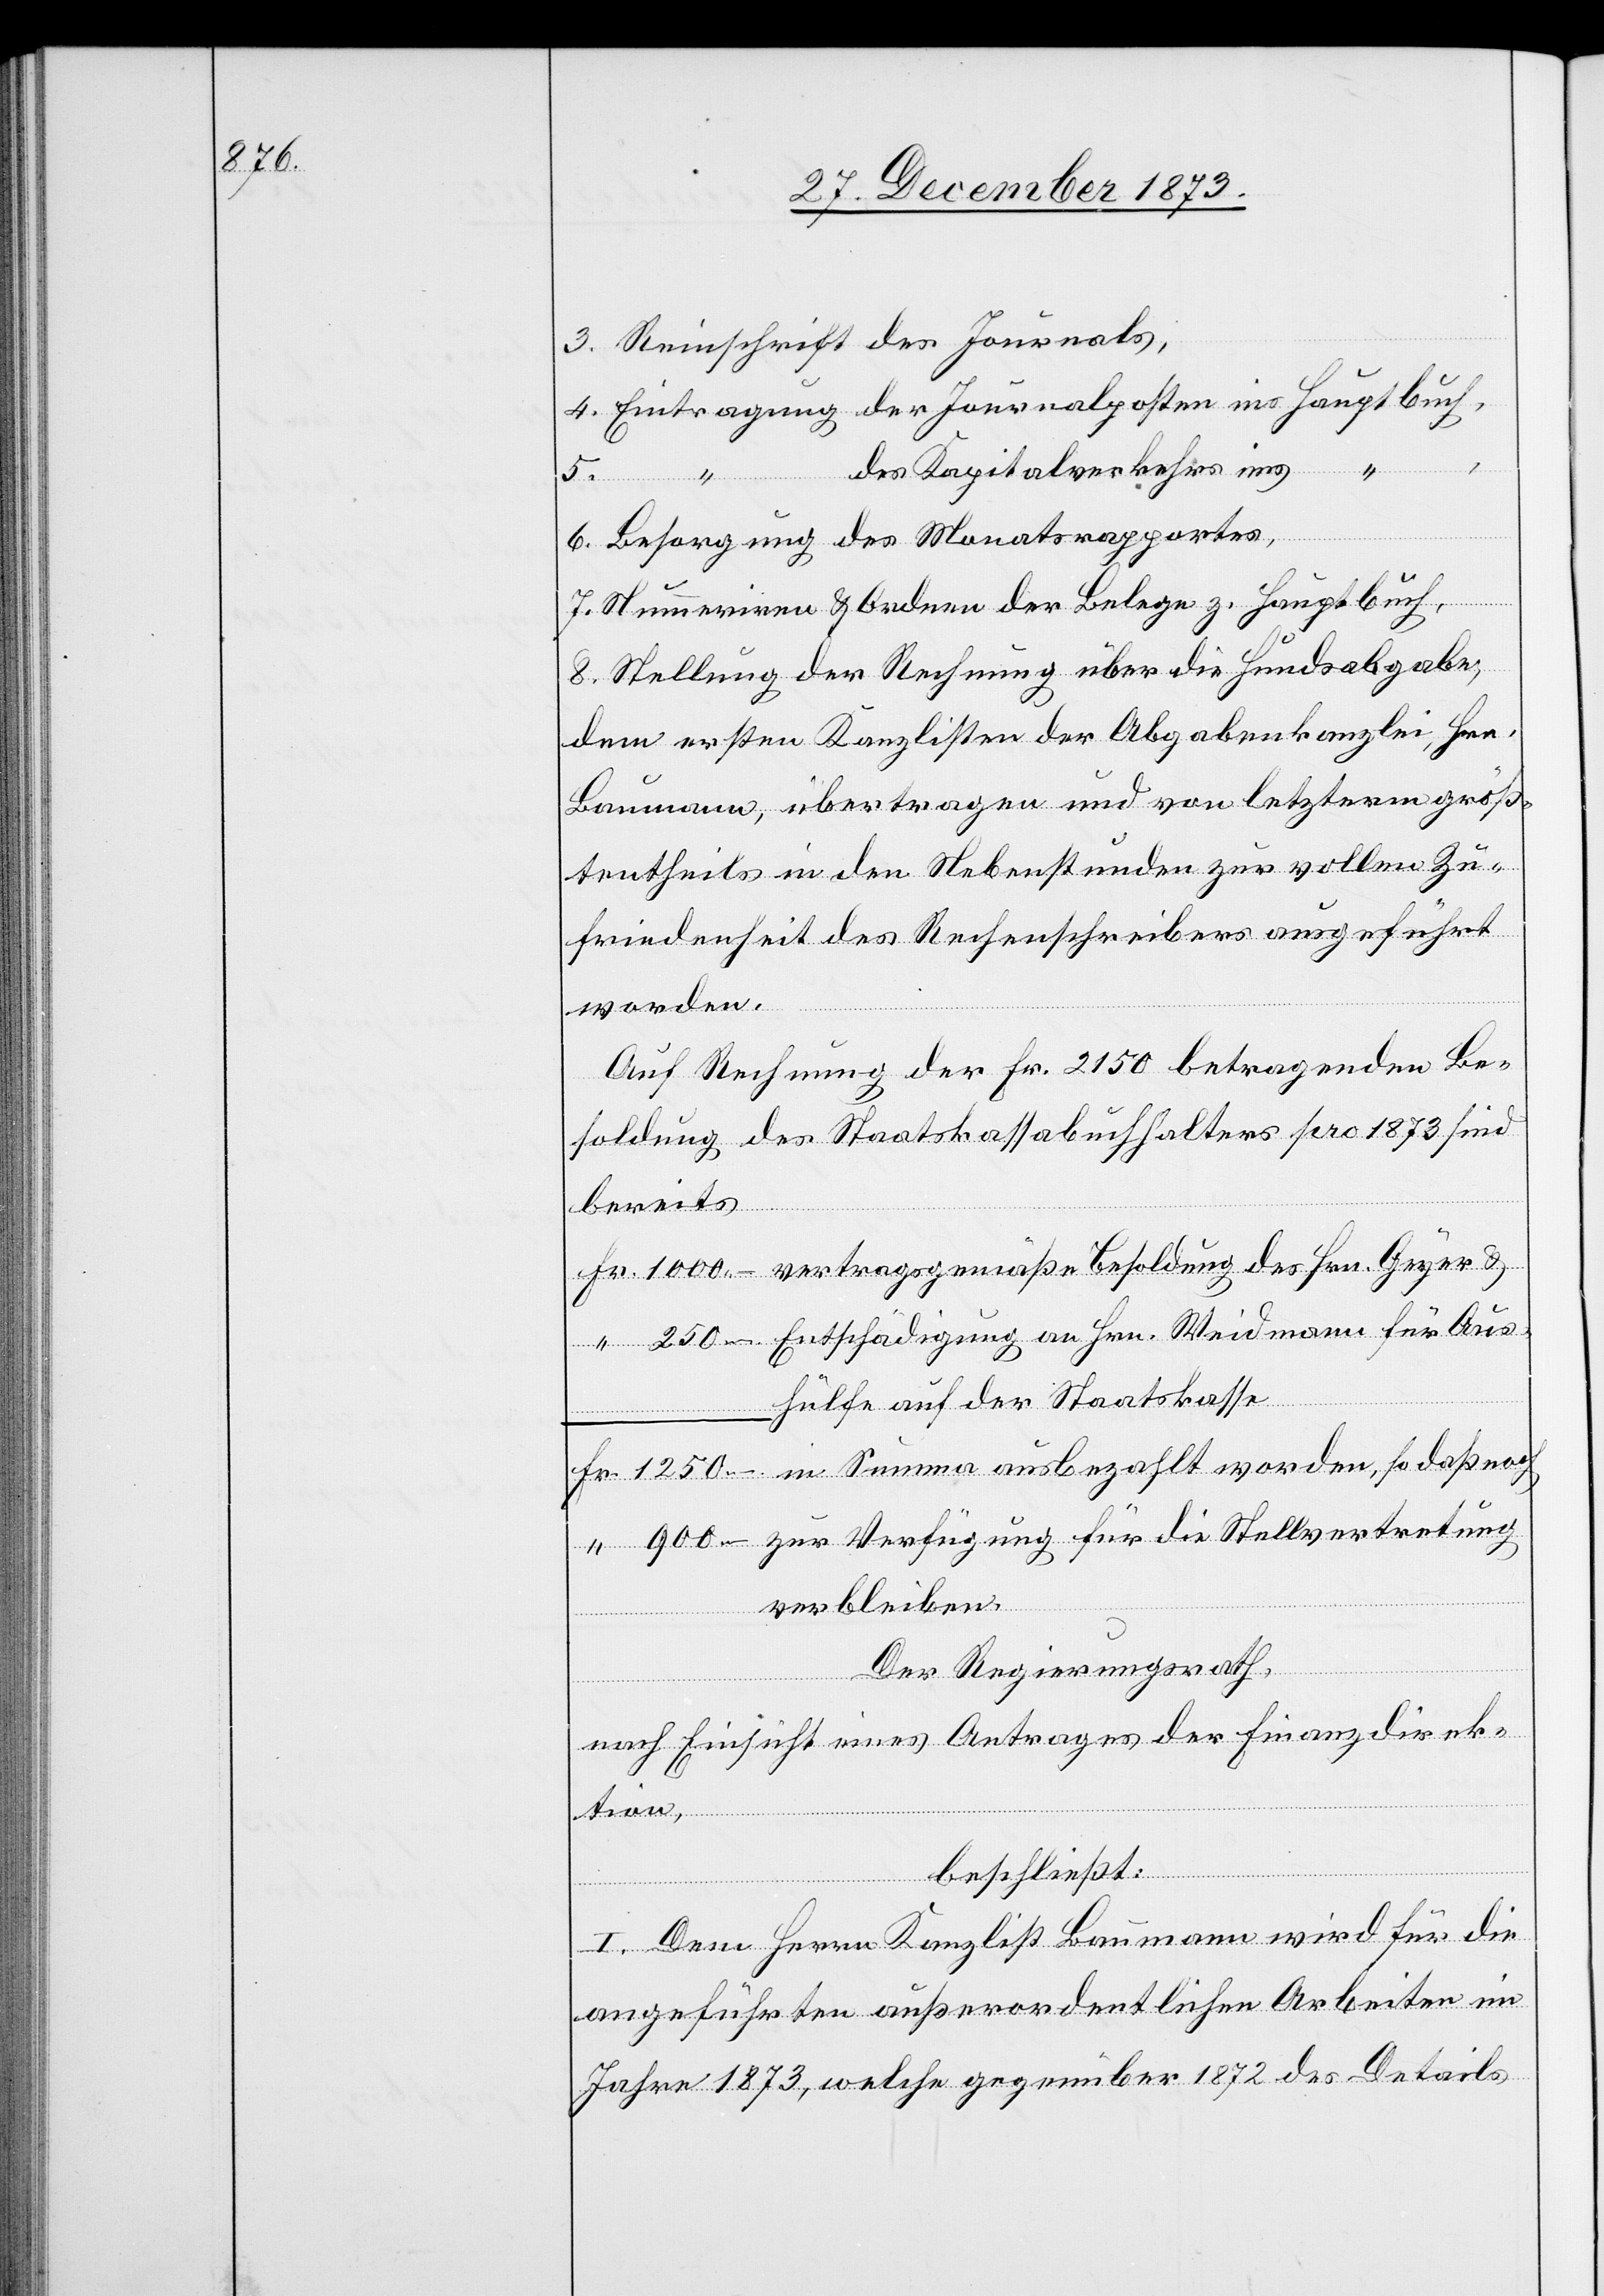
1 250

3. Reinschrift des Journals,
4. Eintragung der Journalposten ins Hauptbuch,
des Kapitalverkehrs ins “
Summa
6. Besorgung des Monatsrapportes,
mann
7. Nummeriren & Ordnen der Belege z. Hauptbuch,
8. Stellung der Rechnung über die Hundsabgabe,
dem ersten Kanzlisten der Abgabekanzlei, Hrn.
Baumann, übertragen und von letzterm größ¬
tentheils in den Nebenstunden zur vollen Zu¬
friedenheit des Rechenschreibers ausgeführt
worden,
Auf Rechnung der Fr. 2 150 betragenden Be¬
soldung des Staatskassabuchhalters pro 1873 sind
bereits
hülfe auf der Staatskasse
zur Verfügung für die Stellvertretung
verbleiben.
Der Regierungsrath,
nach Einsicht eines Antrages der Finanzdirek¬
tion,
Fr.
beschließt:
I. Dem Herrn Kanzlist Baumann wird für die
angeführten außerordentlichen Arbeiten im
Jahr 1873, welche gegenüber 1872 des Details